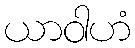
ယာဝါဟံ